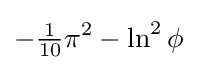
-{\tfrac {1}{10}}\pi ^{2}-\ln ^{2}\phi